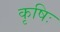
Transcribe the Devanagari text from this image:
कृषिः